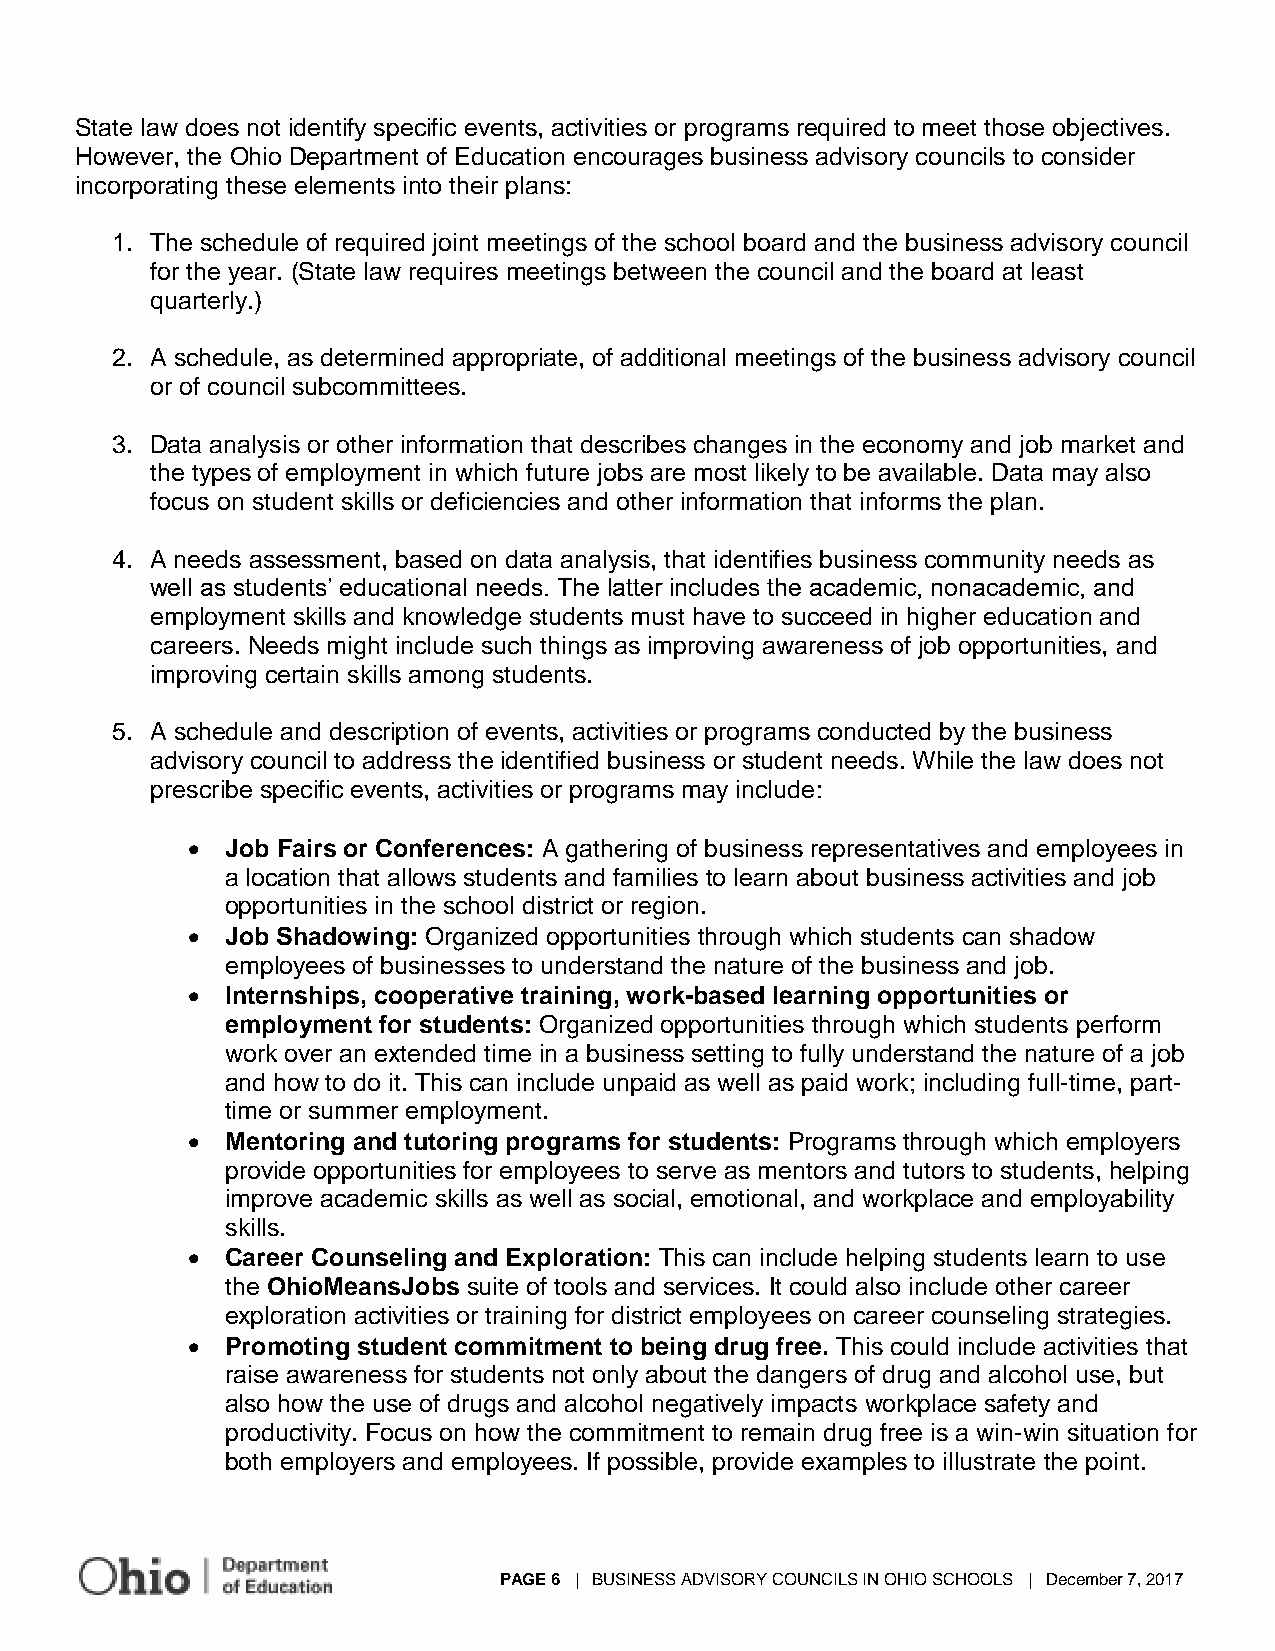
State law does not identify specific events, activities or programs required to meet those objectives.
 However, the Ohio Department of Education encourages business advisory councils to consider
 incorporating these elements into their plans:
 1. The schedule of required joint meetings of the school board and the business advisory council
 for the year. (State law requires meetings between the council and the board at least
 quarterly.)
 2. A schedule, as determined appropriate, of additional meetings of the business advisory council
 or of council subcommittees.
 3. Data analysis or other information that describes changes in the economy and job market and
 the types of employment in which future jobs are most likely to be available. Data may also
 focus on student skills or deficiencies and other information that informs the plan.
 4. A needs assessment, based on data analysis, that identifies business community needs as
 well as students’ educational needs. The latter includes the academic, nonacademic, and
 employment skills and knowledge students must have to succeed in higher education and
 careers. Needs might include such things as improving awareness of job opportunities, and
 improving certain skills among students.
 5. A schedule and description of events, activities or programs conducted by the business
 advisory council to address the identified business or student needs. While the law does not
 prescribe specific events, activities or programs may include:
 •  Job Fairs or Conferences: A gathering of business representatives and employees in
 a location that allows students and families to learn about business activities and job
 opportunities in the school district or region.
 •  Job Shadowing: Organized opportunities through which students can shadow
 employees of businesses to understand the nature of the business and job.
 •  Internships, cooperative training, work-based learning opportunities or
 employment for students: Organized opportunities through which students perform
 work over an extended time in a business setting to fully understand the nature of a job
 and how to do it. This can include unpaid as well as paid work; including full-time, part-
 time or summer employment.
 •  Mentoring and tutoring programs for students: Programs through which employers
 provide opportunities for employees to serve as mentors and tutors to students, helping
 improve academic skills as well as social, emotional, and workplace and employability
 skills.
 •  Career Counseling and Exploration: This can include helping students learn to use
 the OhioMeansJobs suite of tools and services. It could also include other career
 exploration activities or training for district employees on career counseling strategies.
 •  Promoting student commitment to being drug free. This could include activities that
 raise awareness for students not only about the dangers of drug and alcohol use, but
 also how the use of drugs and alcohol negatively impacts workplace safety and
 productivity. Focus on how the commitment to remain drug free is a win-win situation for
 both employers and employees. If possible, provide examples to illustrate the point.
 PAGE 6 | BUSINESS ADVISORY COUNCILS IN OHIO SCHOOLS | December 7, 2017